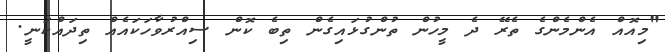
"މިއޮއް އެންމެންގެ ތެރޭ ދެ މީހުން ތުންގުޅައިގެން ތިބެ ކޮން ސިއްރުވާހަކައެއް ތިދައްކަނީ.